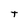
Character: T